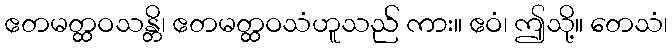
ဧတမတ္ထဝသန္တိ၊ ဧတမတ္ထဝသံဟူသည် ကား။ ဧဝံ၊ ဤသို့။ တေသံ၊